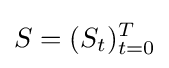
S=(S_{t})_{t=0}^{T}